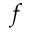
f